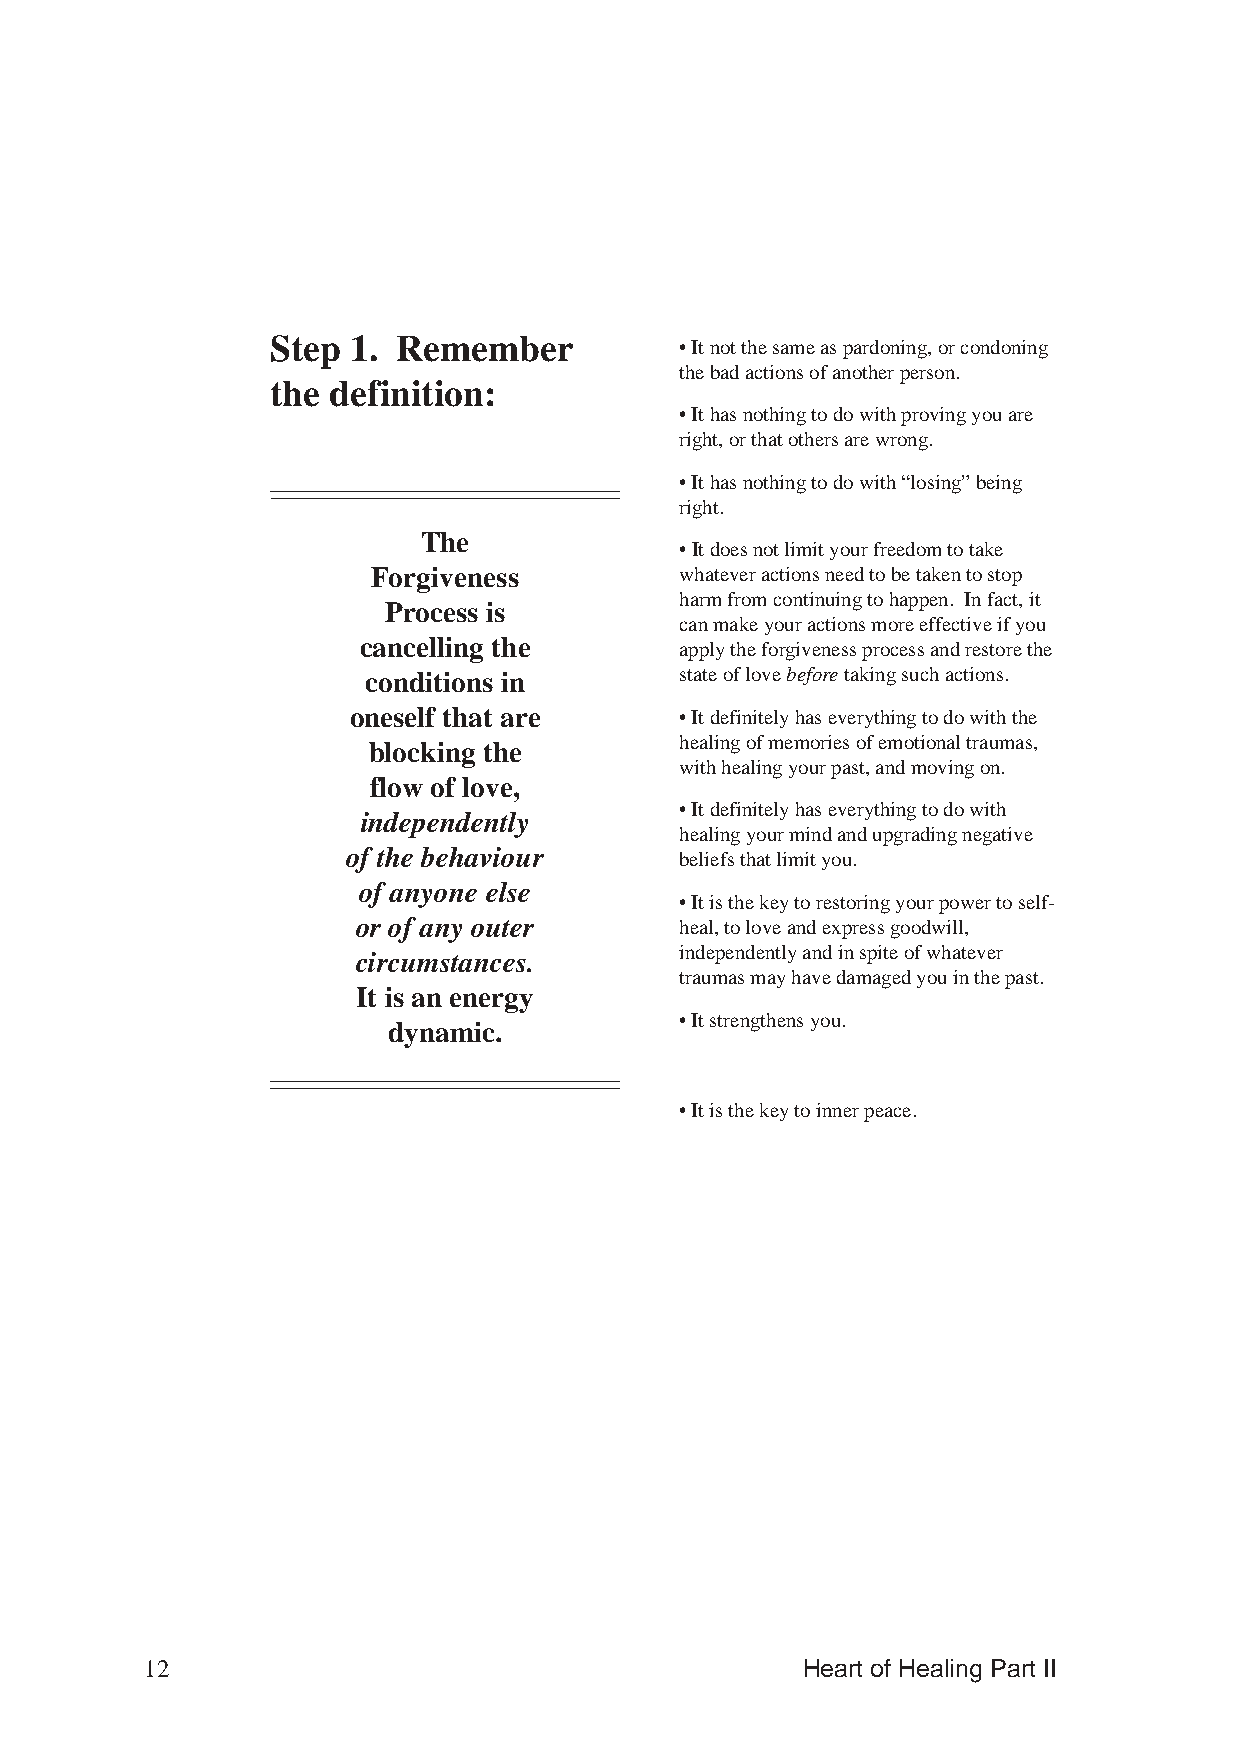
Step 1. Remember           • It not the same as pardoning, or condoning
 the bad actions of another person.
 the definition:
 • It has nothing to do with proving you are
 right, or that others are wrong.
 • It has nothing to do with “losing” being
 right.
 The
 •It does not limit your freedom to take
 Forgiveness         whatever actions need to be taken to stop
 harm from continuing to happen. In fact, it
 Process is
 can make your actions more effective if you
 cancelling the       apply the forgiveness process and restore the
 conditions in        state of love before taking such actions.
 oneself that are      • It definitely has everything to do with the
 healing of memories of emotional traumas,
 blocking the
 with healing your past, and moving on.
 flow of love,
 • It definitely has everything to do with
 independently
 healing your mind and upgrading negative
 of the behaviour      beliefs that limit you.
 of anyone else
 • It is the key to restoring your power to self-
 or of any outer      heal, to love and express goodwill,
 independently and in spite of whatever
 circumstances.
 traumas may have damaged you in the past.
 It is an energy
 • It strengthens you.
 dynamic.
 • It is the key to inner peace.
 12                                         Heart of Healing Part II